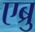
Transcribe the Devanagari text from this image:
एब्रु